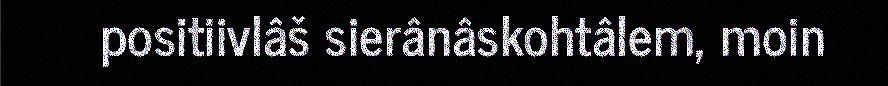
positiivlâš sierânâskohtâlem, moin